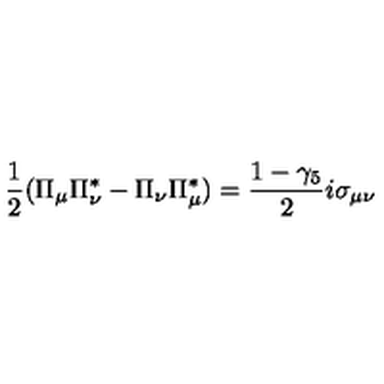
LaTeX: \frac { 1 } { 2 } ( \Pi _ { \mu } \Pi _ { \nu } ^ { * } - \Pi _ { \nu } \Pi _ { \mu } ^ { * } ) = \frac { 1 - \gamma _ { 5 } } { 2 } i \sigma _ { \mu \nu }